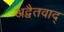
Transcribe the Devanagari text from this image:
अद्वैतवाद्